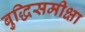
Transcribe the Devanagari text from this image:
बुद्धिसमीक्षा